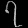
Digit: ၇